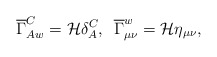
\begin{align*}\overline{\Gamma}_{A w}^{C} = {\cal H} \delta_{A}^{C},\,\,\,\overline{\Gamma}_{\mu\nu}^{w} = {\cal H}\eta_{\mu\nu},\end{align*}